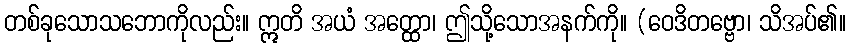
တစ်ခုသောသဘောကိုလည်း။ ဣတိ အယံ အတ္ထော၊ ဤသို့သောအနက်ကို။ (ဝေဒိတဗ္ဗော၊ သိအပ်၏။